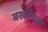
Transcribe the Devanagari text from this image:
बखरीवजा